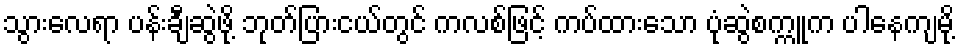
သွားလေရာ ပန်းချီဆွဲဖို့ ဘုတ်ပြားငယ်တွင် ကလစ်ဖြင့် ကပ်ထားသော ပုံဆွဲစက္ကူက ပါနေကျမို့